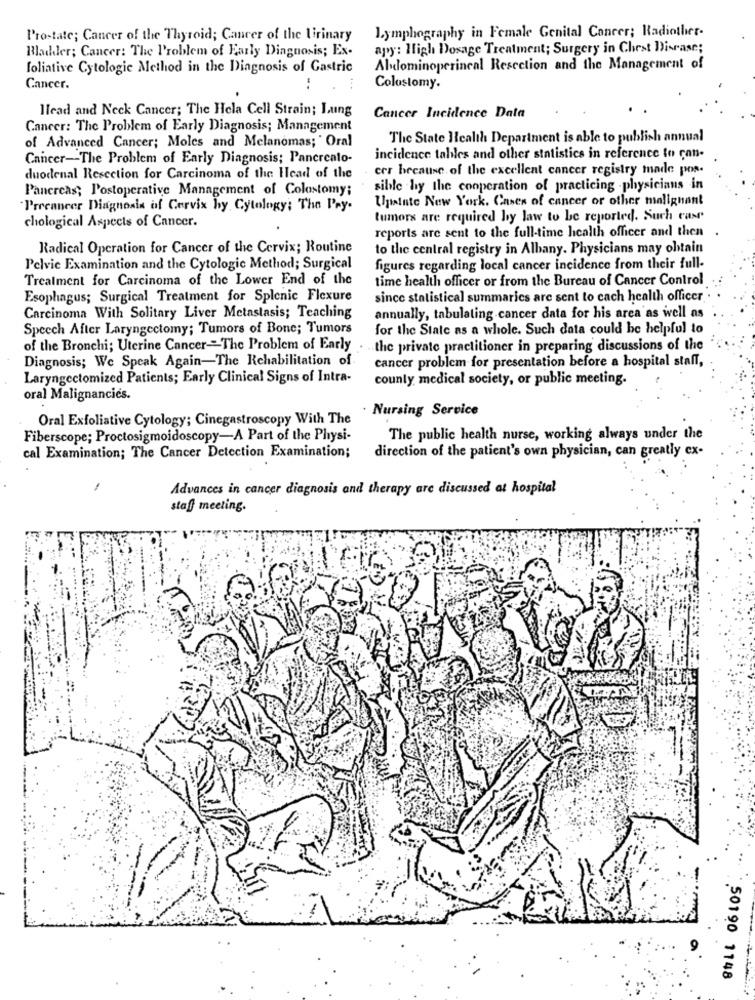
Lymphography in Female Genital Cancer; Radiother.
Prostate; Cancer of the Thyroid; Cancer of the Urinary
Bladder; Cancer: The Problem of Early Diagnosis; Ex-
apy: High Dosage Treatment; Surgery in Chest Disease;
foliative Cytologie Method in the Diagnosis of Gastric
Abdominoperineal Resection and the Management of
Cancer.
Colostomy.
Head and Neck Cancer; The Hela Cell Strain; Lung
Cancer Incidence Data
Cancer: The Problem of Early Diagnosis; Management
of Advanced Cancer; Moles and Melanomas; " Oral
The State Health Department is able to publish annual
Cancer -- The Problem of Early Diagnosis; Pancrealo-
incidence tables and other statistics in reference to can.
err because of the excellent cancer registry made pos-
duodenal Resection for Carcinoma of the Head of the
Pancreas; Postoperative Management of Colostomy;
sible hy the cooperation of practicing - physicians in
Upainte New York. Cases of cancer or other malignant
Precancer Diagnosis of Cervix hy Cytology; The Pry.
chological Aspects of Cancer.
tumors are required by law to be reported. Such case
reports are sent to the full-time health officer and then .
Radical Operation for Cancer of the Cervix; Routine
to the central registry in Albany. Physicians may obtain
Pelvic Examination and the Cytologic Method; Surgical
figures regarding local cancer incidence from their full-
Trealment for Carcinoma of the Lower End of the
time health officer or from the Bureau of Cancer Control
Esophagus; Surgical Treatment for Splenic Flexure
since statistical summaries are sent to cach health officer
Carcinoma With Solitary Liver Metastasis; Teaching
annually, tabulating cancer data for his area as well as
Speech After Laryngectomy; Tumors of Bone; Tumors
for the State as a whole. Such data could be helpful to
of the Bronchi; Uterine Cancer -- The Problem of Early
the private practitioner in preparing discussions of the
Diagnosis; We Speak Again-The Rehabilitation of
cancer problem for presentation before a hospital staff,
Laryngectomized Patients; Early Clinical Signs of Intra-
county medical society, or public meeting.
oral Malignancies.
. Nursing Service
Oral Exfoliative Cytology; Cinegastroscopy With The
Fiberscope; Proctosigmoidoscopy-A Part of the Physi-
The public health nurse, working always under the
direction of the patient's own physician, can greatly ex-
cal Examination; The Cancer Detection Examination;
Advances in cancer diagnosis and therapy are discussed at hospital
staff meeting.
50190 1148